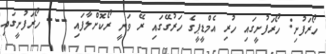
ހޯރަފުށި: ހޯރަފުށީގައި ހުރި އެމްޑީޕީގެ ހަރުގޭގައި ރޭ ވަނީ ރޯކޮށްލާފައި --- ހޯރަފުށީގައި